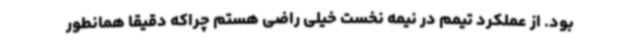
بود. از عملکرد تیمم در نیمه نخست خیلی راضی هستم چراکه دقیقاً همانطور